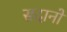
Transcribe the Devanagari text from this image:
सदानों